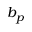
b _ { p }